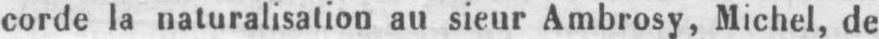
corde la naturalisation au sieur Ambrosy, Michel, de